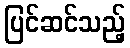
ပြင်ဆင်သည့်